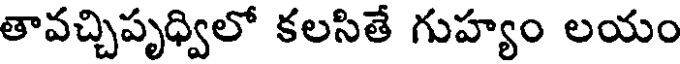
తావచ్చిపృధ్విలో కలసితే గుహ్యం లయం